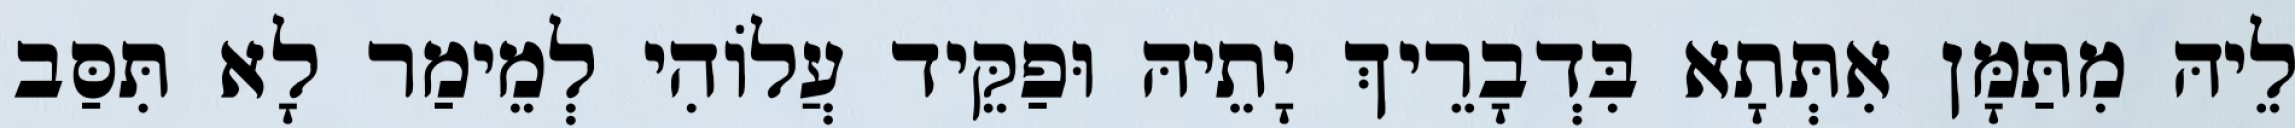
לֵיהּ מִתַּמָּן אִתְּתָא בִּדְבָרֵיךְ יָתֵיהּ וּפַקֵּיד עֲלוֹהִי לְמֵימַר לָא תִּסַּב